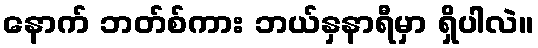
နောက် ဘတ်စ်ကား ဘယ်နှနာရီမှာ ရှိပါလဲ။